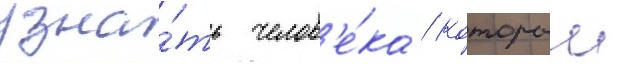
узна́ть челов'е́ка / которыи